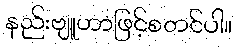
နည်းဗျူဟာဖြင့်စတင်ပါ။